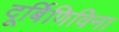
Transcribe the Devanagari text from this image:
दूर्बिणिविना